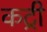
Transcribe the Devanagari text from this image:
कट्री